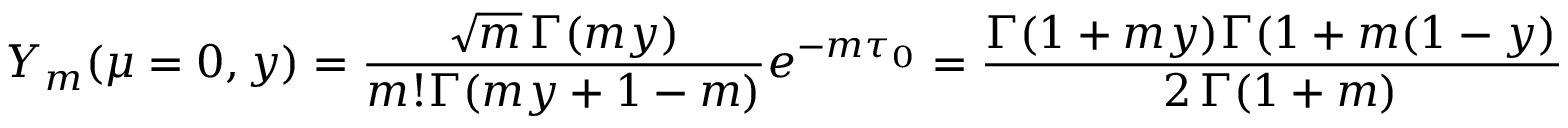
Y _ { m } ( \mu = 0 , y ) = \frac { \sqrt { m } \, \Gamma ( m y ) } { m ! \Gamma ( m y + 1 - m ) } e ^ { - m \tau _ { 0 } } = \frac { \Gamma ( 1 + m y ) \Gamma ( 1 + m ( 1 - y ) ) } { 2 \, \Gamma ( 1 + m ) } \, e ^ { - m \tau _ { 0 } } B _ { m }